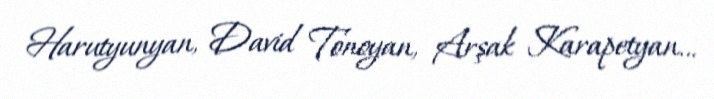
Harutyunyan, David Tonoyan, Arşak Karapetyan...